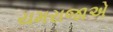
યમરાજાએ